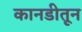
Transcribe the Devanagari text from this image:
कानडीतून